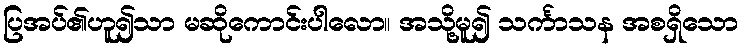
ပြအပ်၏ဟူ၍သာ မဆိုကောင်းပါလော။ အသို့မူ၍ သင်္ကာသန အစရှိသော